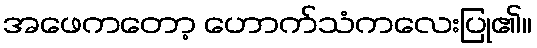
အဖေကတော့ ဟောက်သံကလေးပြု၏။